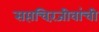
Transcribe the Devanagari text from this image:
सप्तचिरंजीवांची